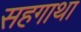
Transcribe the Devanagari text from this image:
सहगाथा